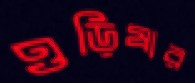
ওড়িষার